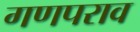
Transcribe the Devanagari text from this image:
गणपराव